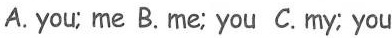
A. you; me B.me; you C.my; you